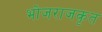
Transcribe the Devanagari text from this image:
भोजराजकृत